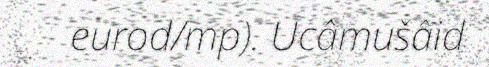
eurod/mp). Ucâmušâid